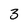
Character: 3